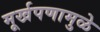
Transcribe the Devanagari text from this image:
मूर्खपणामुळे